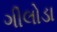
ગીલોડા